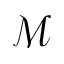
\mathcal { M }